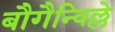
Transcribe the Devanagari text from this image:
बौगैन्विल्ले